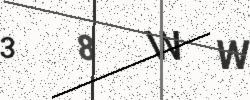
Text: 38WW